Annual report on the lock hospitals of the Madras Presidency
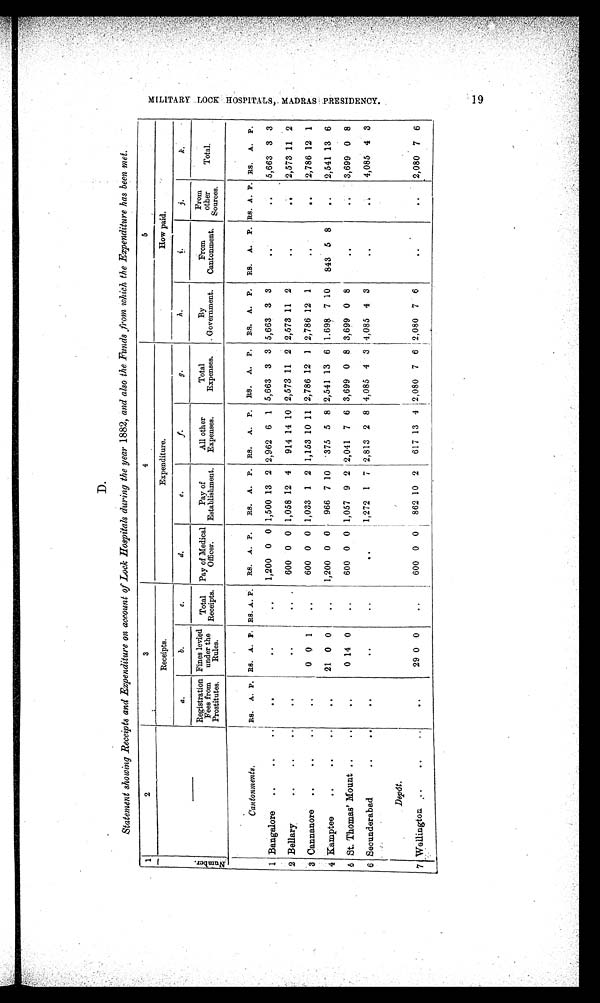
D.
Statement showing Receipts and Expenditure on account of Lock Hospitals during the year 1882, and also the Funds from which the Expenditure has been met.
1
2
3
4
5
Number .
—
Receipts.
Expenditure.
How paid.
a.
b.
c.
d.
e.
f.
g.
h.
i.
j.
k.
Registration
Fees from
Prostitutes.
Fines levied
under the
Rules.
Total
Receipts.
Pay of Medical
Officer.
Pay of
Establishment.
All other
Expenses.
Total
Expenses.
By
Government.
From
Cantonment.
From
other
Sources.
Total.
Cantonments.
Rs. A. P. RS. A. P. RS. A. P. RS. A. P.
RS. A. P. RS. A. P. RS. A. P. Rs. A. P. Rs. A. P. RS. A. P. RS. A. P.
1 Bangalore
...
...
...
. . .
. . .
..
1,200 0 0 1,500 13 2 2,962 6 1 5,663 3 3 5,663 3 3
. . ..
5,663 3 3
2 Bellary
. . .. . .
. . .
. . .
..
600 0 0 1,058 12 4
914 14 10 2,573 11 2 2,573 11 2
. .
. . 2,573 11 2
3 Cannanore .... .
..
0
0 1
..
600 0 0 1,033 1 2 1,153 10 11 2,786 12 1 2,786 12 1
. .
. . 2,786 12 1
4 Kamptee
..
..
..
. . .
21 0 0
..
1,200 0 0
966 7 10
375 5 8 2,541 13 6 1.698 7 10
843 5 8
..
2,541 13 6
5 St. Thomas' Mount ..
..
. . .
0 14 0
..
600 0 0 1,057 9 2 2,041 7 6 3,699 0 8 3,699 0 8
. . ..
3,699 0 8
6 Secunderabad
..
..
Depôt.
. . .
. . .
..
..
1,272 1 7 2,813 2 8 4,085 4
3
4,085 4 3
. .
..
4,085 4 3
7 Wellington ..
..
..
. . .
29 0 0
..
600 0
0 862 10
2 617 13 4 2,080 7
6
2,080
7
6
. .
..
2,080 7 6
M I L I T A R Y L O C K H O S P I T A L , M A D R A S P R E S I D E N C Y .
1 9